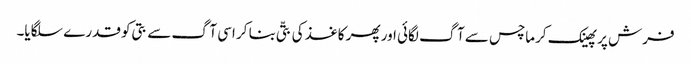
فرش پر پھینک کرماچس سے آگ لگائی اور پھر کاغذ کی بتّی بنا کر اسی آگ سے بتی کو قدرے سلگایا۔